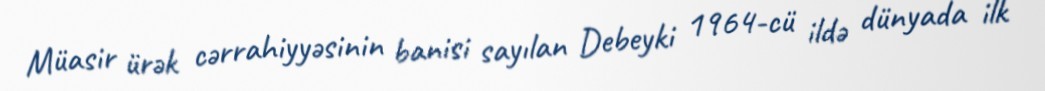
Müasir ürək cərrahiyyəsinin banisi sayılan Debeyki 1964-cü ildə dünyada ilk